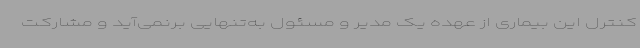
کنترل این بیماری از عهده یک مدیر و مسئول به‌تنهایی برنمی‌آید و مشارکت